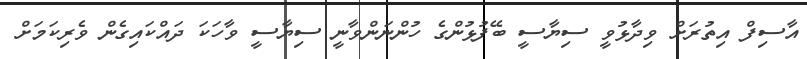
އާސިފް އިތުރަށް ވިދާޅުވީ ސިޔާސީ ބޭފުޅުންގެ ހުންނަންވާނީ ސިޔާސީ ވާހަކަ ދައްކައިގެން ވެރިކަމަށް